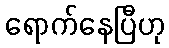
ရောက်နေပြီဟု